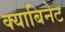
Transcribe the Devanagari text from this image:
क्याबिनेट